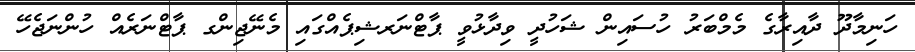
ހަނިމާދޫ ދާއިރާގެ މެމްބަރު ހުސައިން ޝަހުދީ ވިދާޅުވީ ޕާޓްނަރޝިޕެއްގައި މެނޭޖިންގ ޕާޓްނަރެއް ހުންނަޖެހޭ